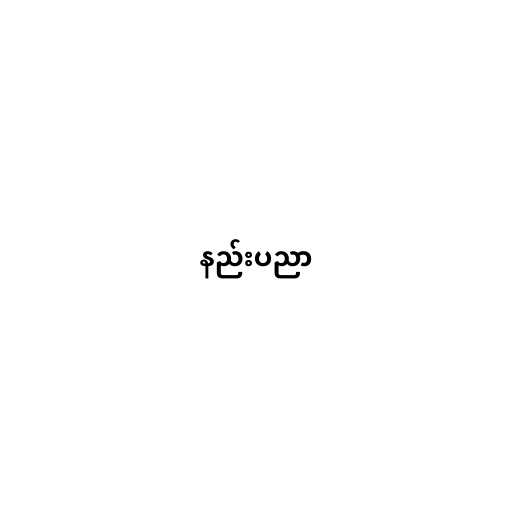
နည်းပညာ